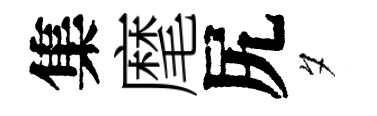
集麾尻夕